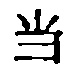
\text{当}